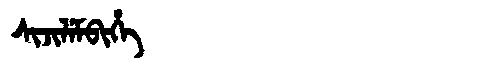
Manchu: ᠰᡳᠵᡳᠯᡝᠮᠪᡳᡥᡝ
Romanization: SIJILEMBIHE